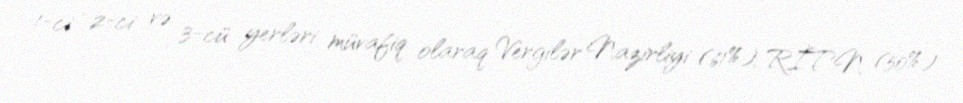
1-ci , 2-ci və 3-cü yerləri müvafiq olaraq Vergilər Nazirliyi (61%), RİTN (50%)